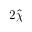
2 \hat { \chi }